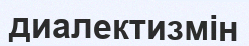
диалектизмін